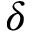
\delta